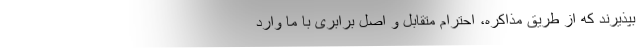
بپذیرند که از طریق مذاکره، احترام متقابل و اصل برابری با ما وارد